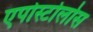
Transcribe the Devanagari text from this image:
एपोस्टोलोस